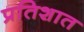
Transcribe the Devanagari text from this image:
प्रतिशात